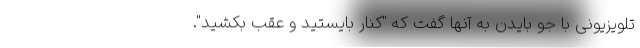
تلویزیونی با جو بایدن به آنها گفت که "کنار بایستید و عقب بکشید".